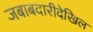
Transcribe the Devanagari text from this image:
जबाबदारीदेखिल